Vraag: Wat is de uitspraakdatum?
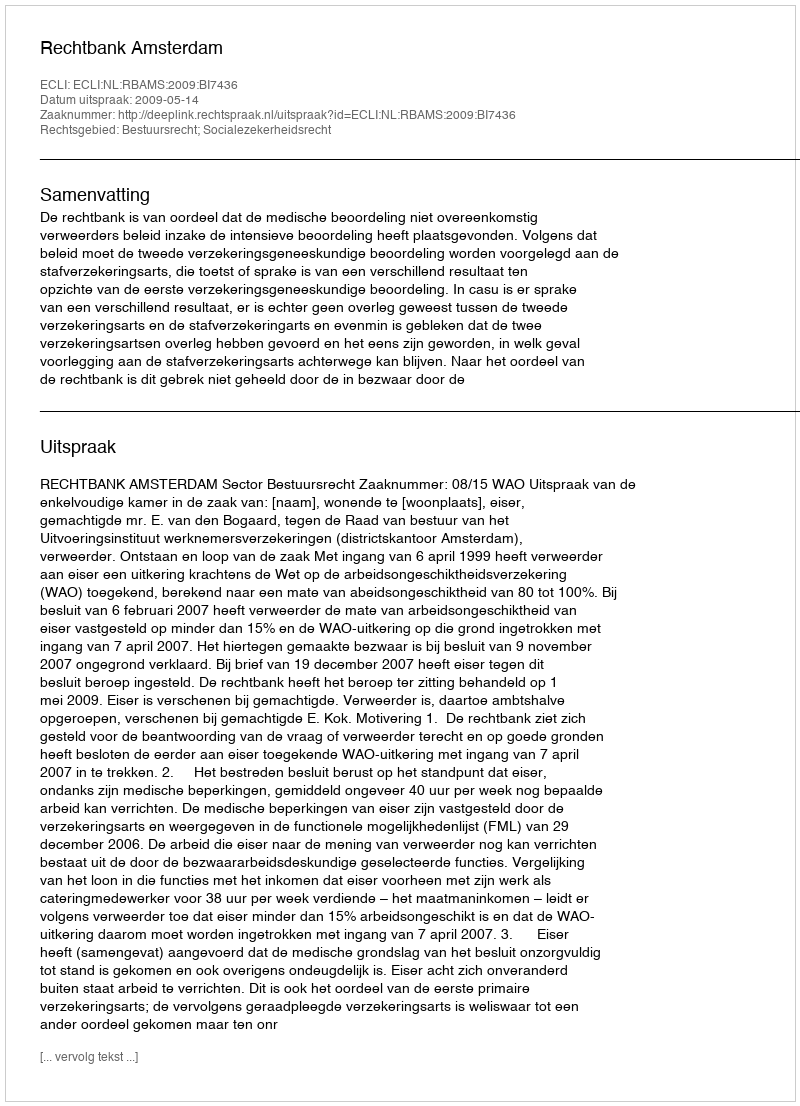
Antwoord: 2009-05-14